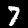
Digit: 7